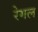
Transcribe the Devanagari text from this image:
रेगल